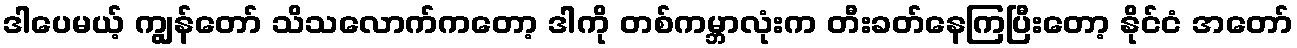
ဒါပေမယ့် ကျွန်တော် သိသလောက်ကတော့ ဒါကို တစ်ကမ္ဘာလုံးက တီးခတ်နေကြပြီးတော့ နိုင်ငံ အတော်